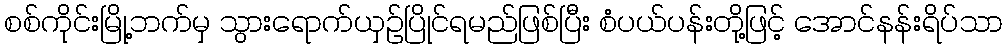
စစ်ကိုင်းမြို့ဘက်မှ သွားရောက်ယှဉ်ပြိုင်ရမည်ဖြစ်ပြီး စံပယ်ပန်းတို့ဖြင့် အောင်နန်းရိပ်သာ